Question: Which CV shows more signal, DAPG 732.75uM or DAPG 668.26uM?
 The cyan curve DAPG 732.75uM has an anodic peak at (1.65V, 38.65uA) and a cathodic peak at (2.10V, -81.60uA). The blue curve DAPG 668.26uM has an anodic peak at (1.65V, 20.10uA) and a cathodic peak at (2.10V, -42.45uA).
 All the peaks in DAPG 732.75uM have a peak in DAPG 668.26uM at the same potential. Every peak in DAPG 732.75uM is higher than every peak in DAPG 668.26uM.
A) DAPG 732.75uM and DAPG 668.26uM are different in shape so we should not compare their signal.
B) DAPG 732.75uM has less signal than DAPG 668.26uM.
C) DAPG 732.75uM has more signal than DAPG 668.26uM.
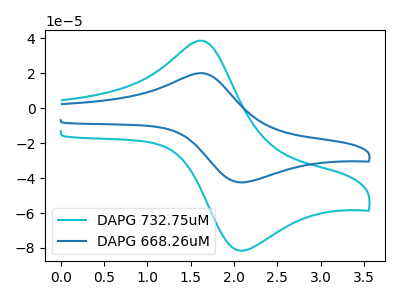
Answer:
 <answer>C) "DAPG 732.75uM" has more signal than "DAPG 668.26uM".</answer>
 <eval>C</eval>